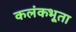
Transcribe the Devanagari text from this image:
कलंकभूता